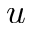
u